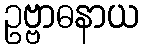
ဥဗ္ဗာဓနာယ